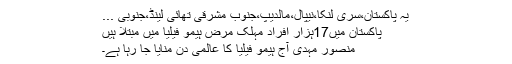
یہ پاکستان،سری لنکا،نیپال،مالدیپ،جنوب مشرقی تھائی لینڈ،جنوبی ...
پاکستان میں17ہزار افراد مہلک مرض ہیمو فیلیا میں مبتلا ہیں
منصور مہدی آج ہیمو فیلیا کا عالمی دن منایا جا رہا ہے۔